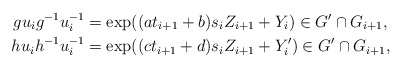
\begin{align*} gu_ig^{-1}u_i^{-1} &= \exp((at_{i+1}+b)s_i Z_{i+1} + Y_i) \in G' \cap G_{i+1}, \\ hu_ih^{-1}u_i^{-1} &= \exp((ct_{i+1}+d)s_i Z_{i+1} + Y_i') \in G' \cap G_{i+1}, \end{align*}